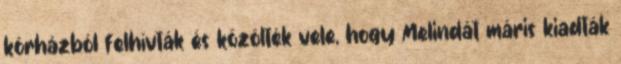
kórházból felhívták és közölték vele, hogy Melindát máris kiadták